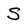
Character: S